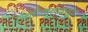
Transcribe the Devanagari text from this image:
ऐनीमलक्यूल